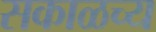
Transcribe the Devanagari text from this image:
सकाळच्य